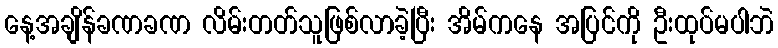
နေ့အချိန်ခဏခဏ လိမ်းတတ်သူဖြစ်လာခဲ့ပြီး အိမ်ကနေ အပြင်ကို ဦးထုပ်မပါဘဲ